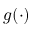
g ( \cdot )